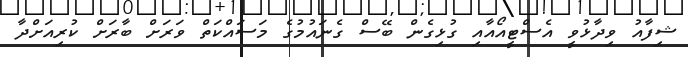
ޝިފާއު ވިދާޅުވީ އެސްޓީއޯއާއި ގުޅިގެން ބޭސް ގެނައުމުގެ މަސައްކަތް ވަރަށް ބާރަށް ކުރިއަށްދާ